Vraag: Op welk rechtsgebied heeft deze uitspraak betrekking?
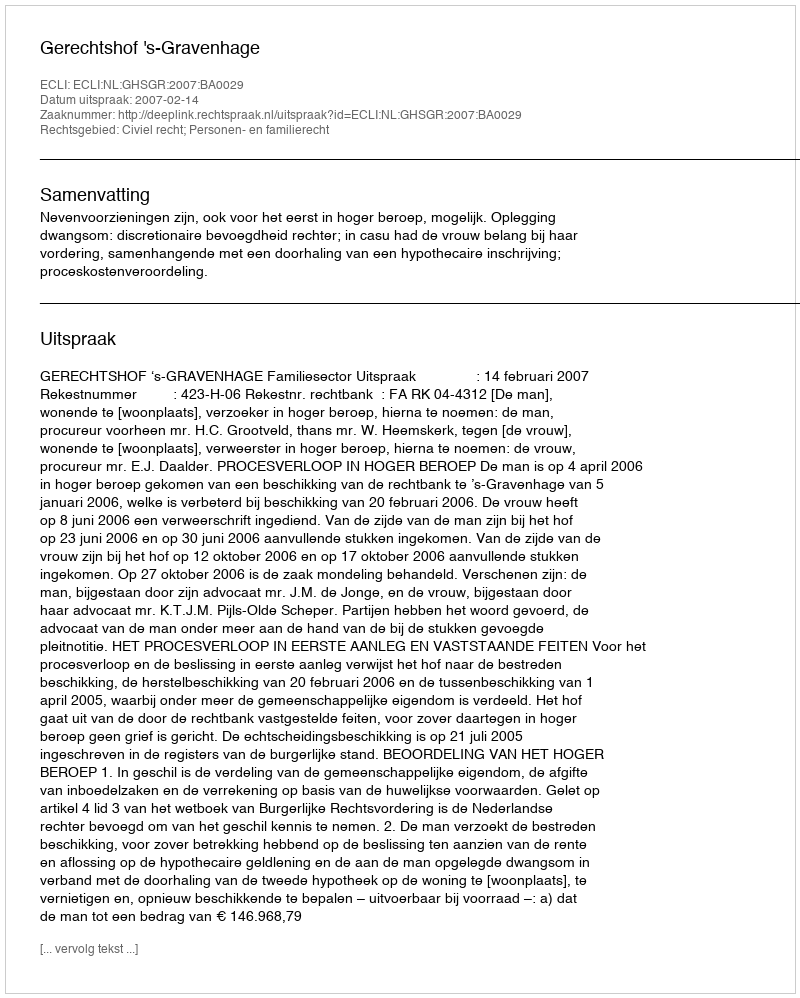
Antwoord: Civiel recht; Personen- en familierecht